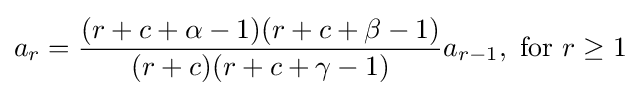
a_{r}={\frac {(r+c+\alpha -1)(r+c+\beta -1)}{(r+c)(r+c+\gamma -1)}}a_{r-1},{\text{ for }}r\geq 1